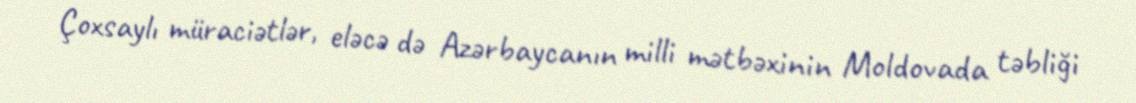
Çoxsaylı müraciətlər, eləcə də Azərbaycanın milli mətbəxinin Moldovada təbliği